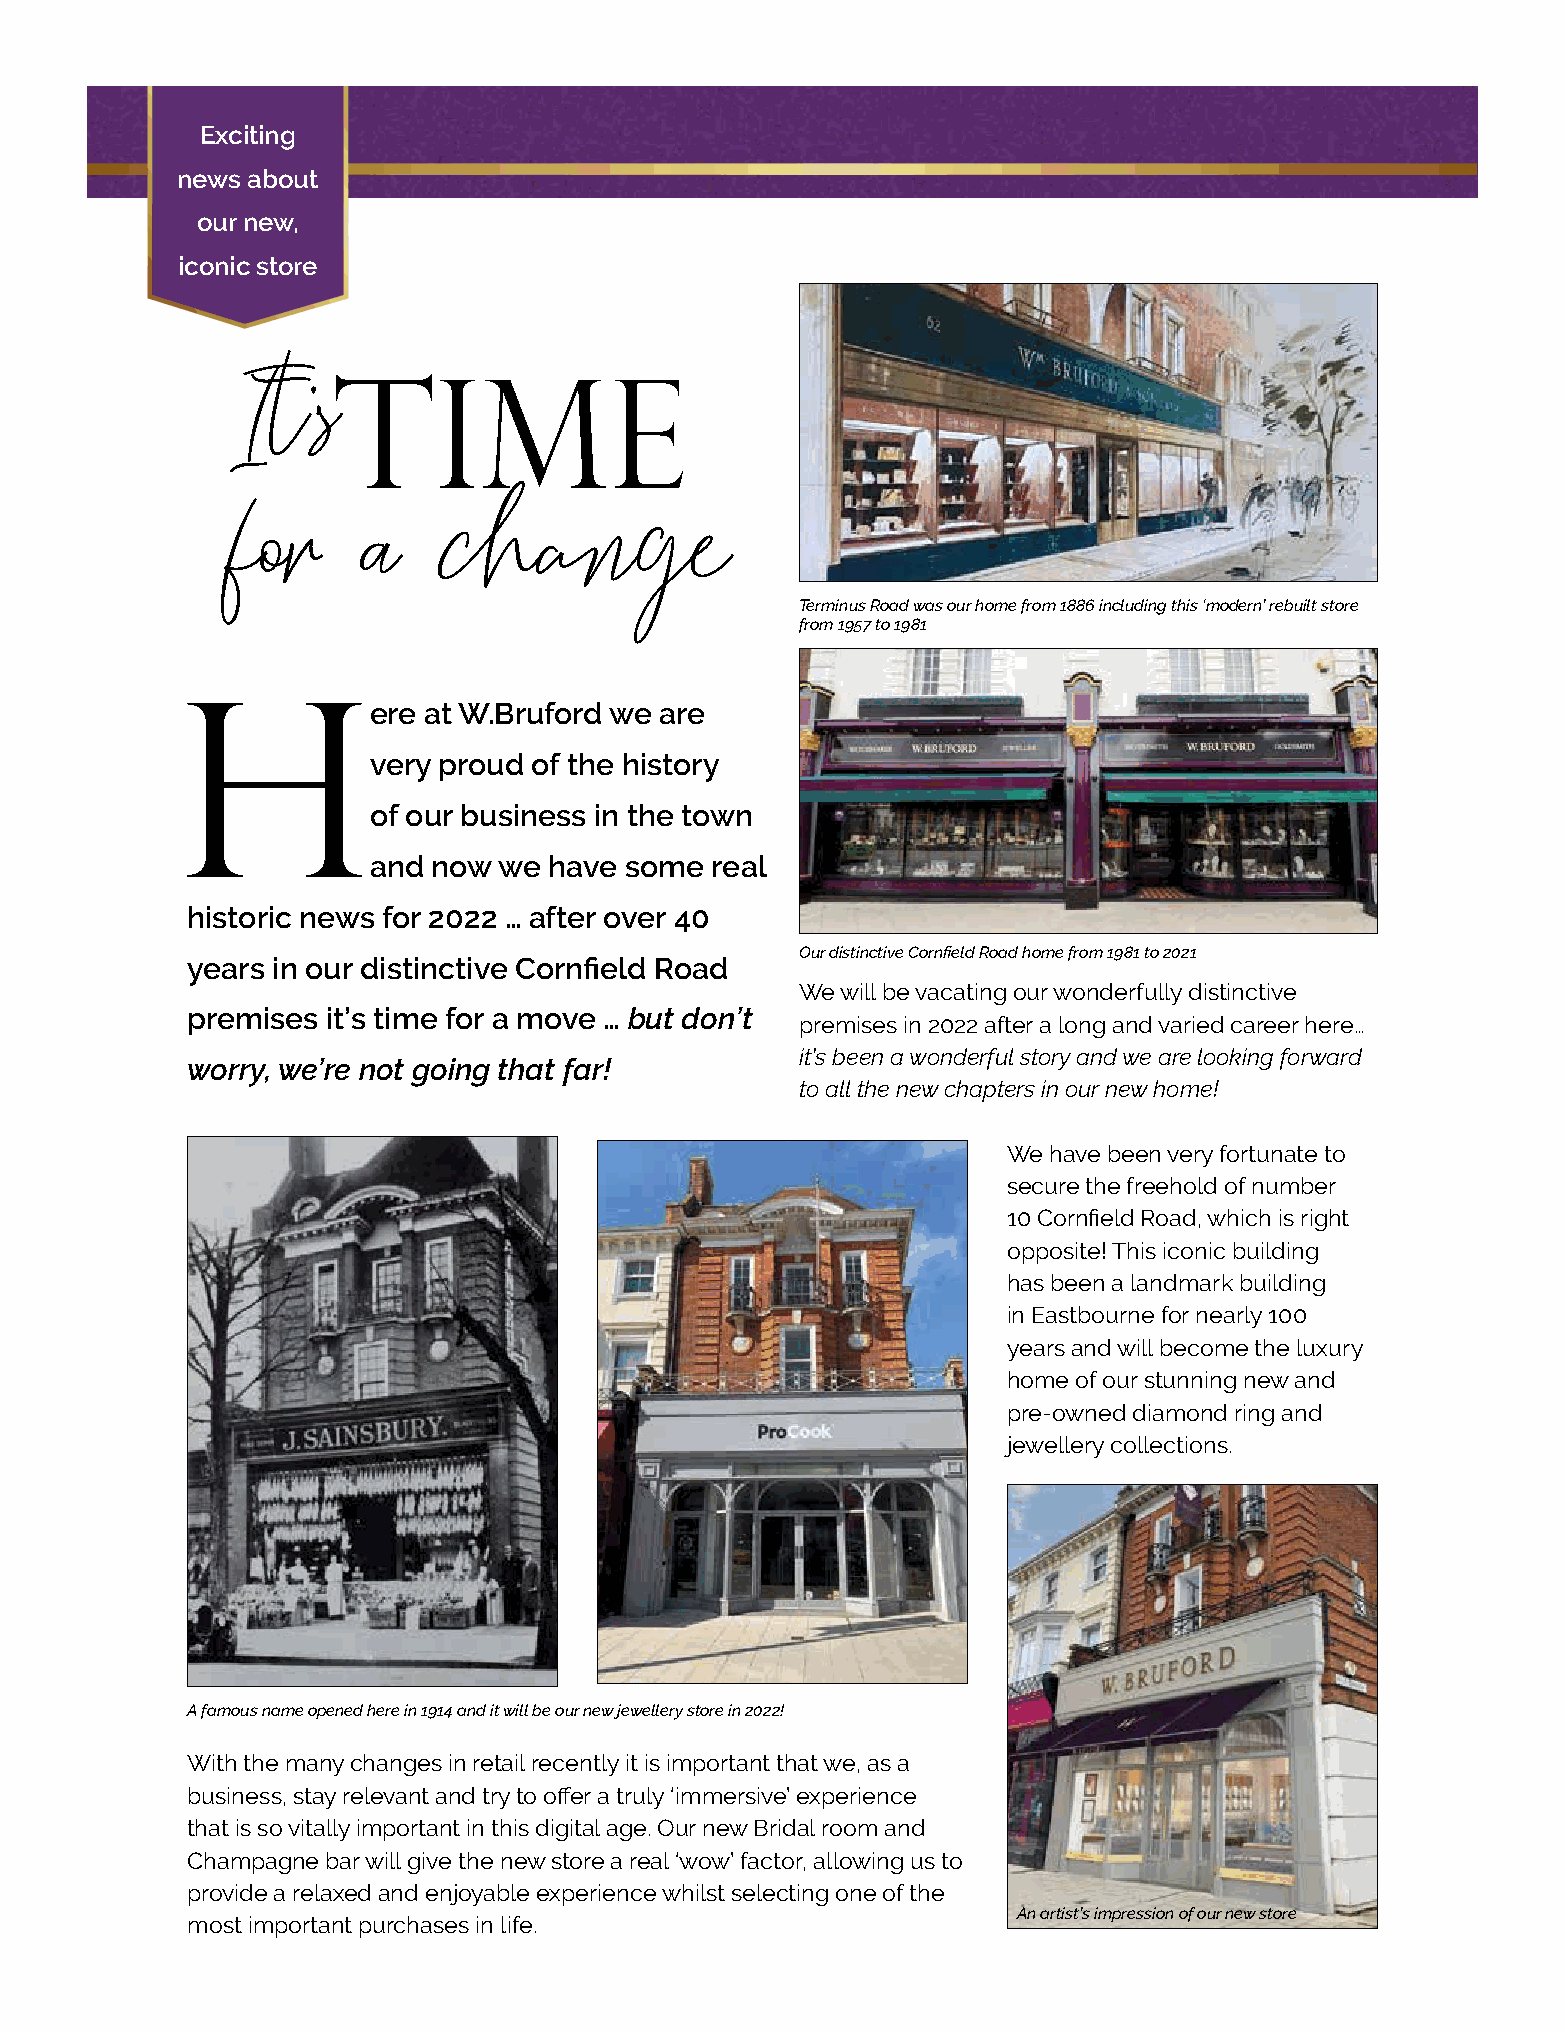
Exciting
 news about
 our new,
 iconic store
 It’s
 TIME
 for      a    change
 Terminus Road was our home from 1886 including this ‘modern’ rebuilt store
 from 1957 to 1981
 HPC              Classics                     &       JAGtechnic
 H
 ere at W.Bruford we are
 very proud of the history
 A   real   business       success      story    in  the    heart     of  Eastbourne!
 of our business in the town
 and  now we have some  real
 historic news for 2022 … after over 40
 Our distinctive Cornfield Road home from 1981 to 2021
 years in our distinctive Cornfield Road
 We will be vacating our wonderfully distinctive
 premises  it’s time for a move … but don’t
 premises in 2022 after a long and varied career here…
 it’s been a wonderful story and we are looking forward
 worry, we’re not going that far!
 to all the new chapters in our new home!
 We have been very fortunate to
 secure the freehold of number
 10 Cornfield Road, which is right
 opposite! This iconic building
 has been a landmark building
 in Eastbourne for nearly 100
 years and will become the luxury
 home of our stunning new and
 pre-owned diamond ring and
 jewellery collections.
 A famous name opened here in 1914 and it will be our new jewellery store in 2022!
 With the many changes in retail recently it is important that we, as a
 business, stay relevant and try to offer a truly ‘immersive’ experience
 that is so vitally important in this digital age. Our new Bridal room and
 Champagne bar will give the new store a real ‘wow’ factor, allowing us to
 provide a relaxed and enjoyable experience whilst selecting one of the
 An artist’s impression of our new store
 most important purchases in life.